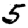
Digit: 5